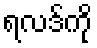
ရလဒ်ကို